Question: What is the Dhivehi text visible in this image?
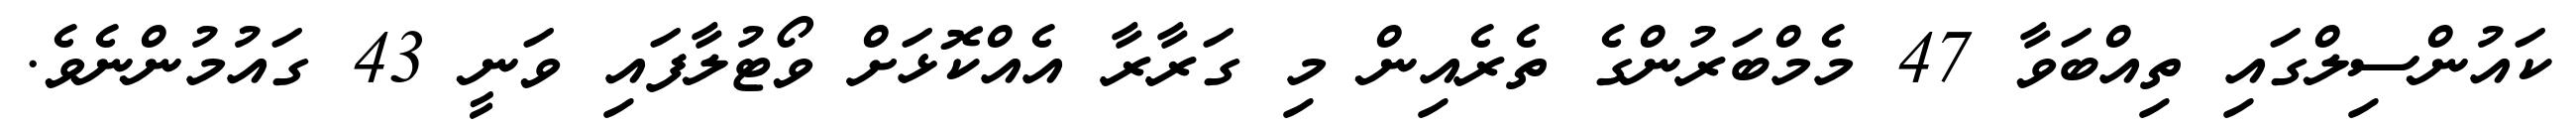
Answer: ކައުންސިލްގައި ތިއްބަވާ 47 މެމްބަރުންގެ ތެރެއިން މި ގަރާރާ އެއްކޮޅަށް ވޯޓުލާފައި ވަނީ 43 ގައުމުންނެވެ.